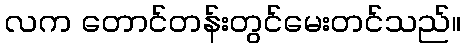
လက တောင်တန်းတွင်မေးတင်သည်။